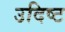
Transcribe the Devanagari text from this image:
उदिष्‍ट